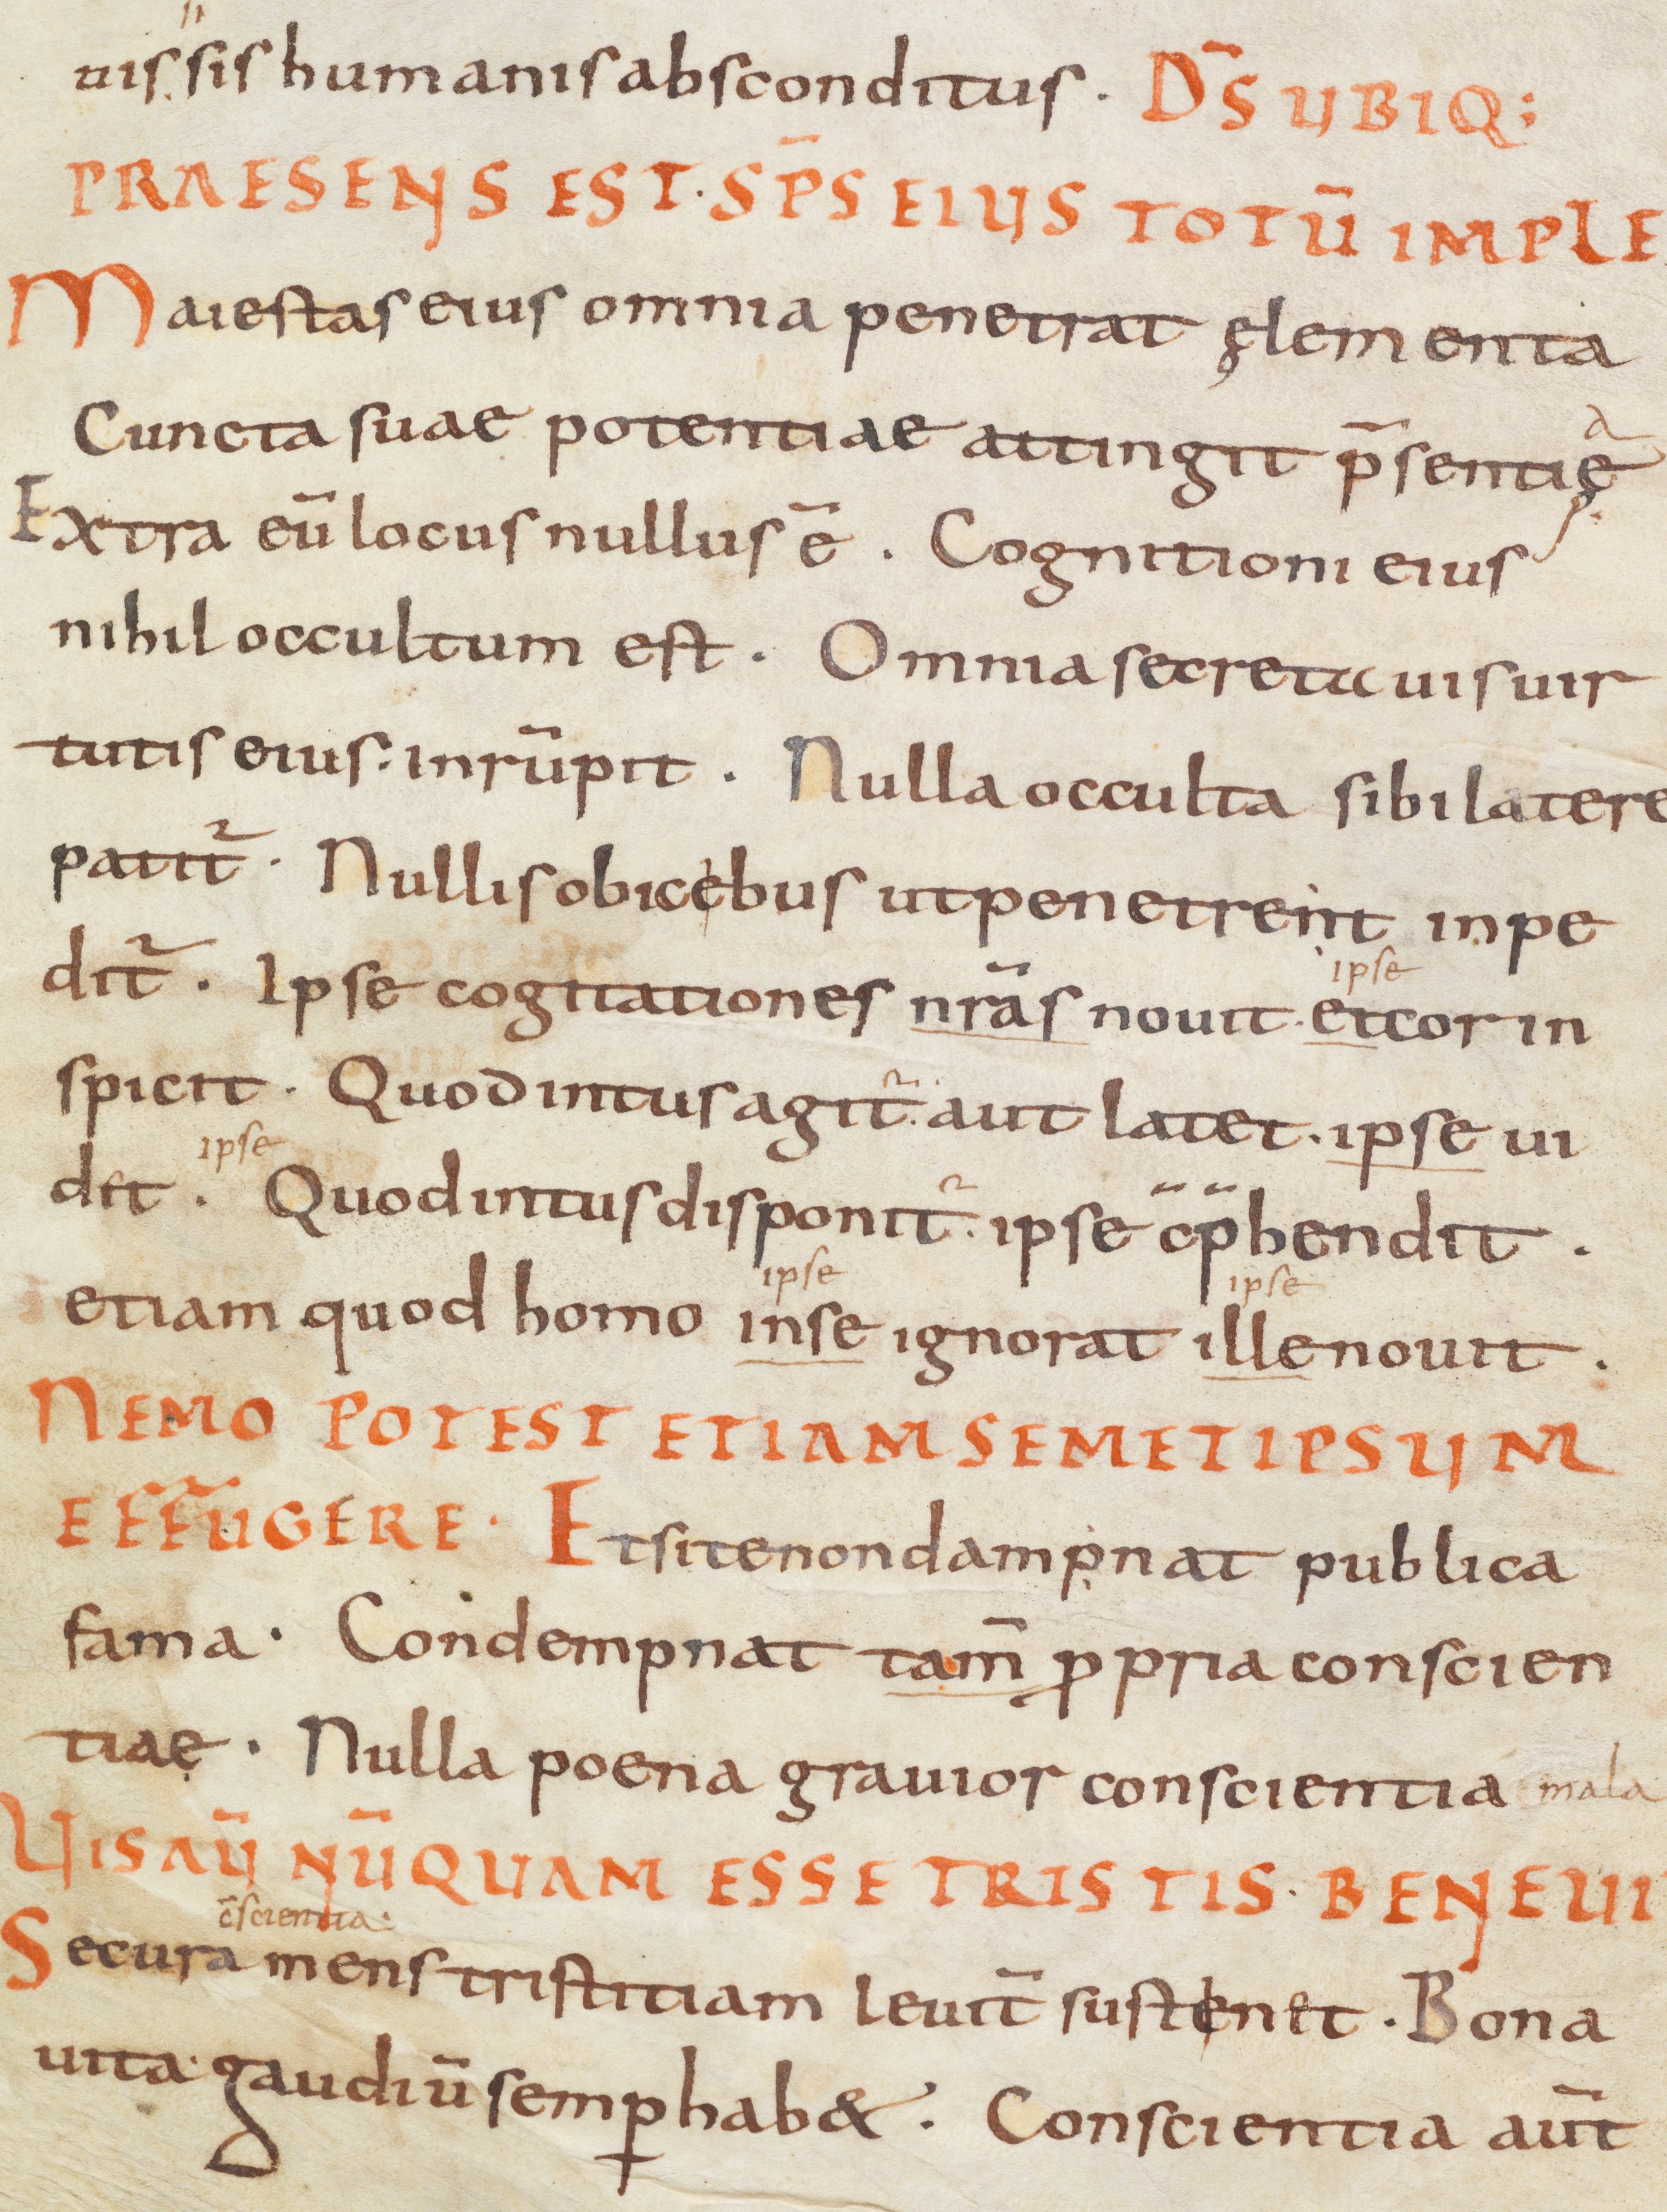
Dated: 866–899